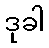
ဒုခါ